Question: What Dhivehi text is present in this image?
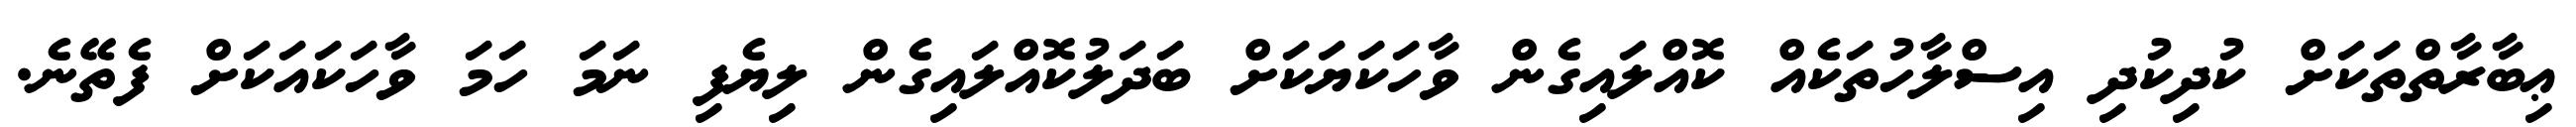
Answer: ޢިބާރާތްތަކަށް ކުދިކުދި އިސްލާހުތަކެއް ކޮއްލައިގެން ވާހަކަޔަކަށް ބަދަލުކޮއްލައިގެން ލިޔެފި ނަމަ ހަމަ ވާހަކައަކަށް ފެތޭނެ.